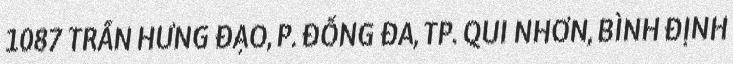
1087 TRẦN HƯNG ĐẠO, P. ĐỐNG ĐA, TP. QUI NHƠN, BÌNH ĐỊNH